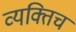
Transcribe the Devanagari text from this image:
व्यक्तिच